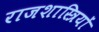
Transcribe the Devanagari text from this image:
राजशास्त्रियों